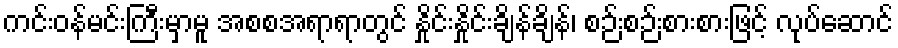
ကင်းဝန်မင်းကြီးမှာမူ အစစအရာရာတွင် နှိုင်းနှိုင်းချိန်ချိန်၊ စဉ်းစဉ်းစားစားဖြင့် လုပ်ဆောင်